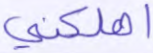
أهلكني